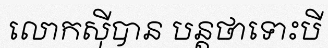
លោកស៊ីបាន បន្តថាទោះបី